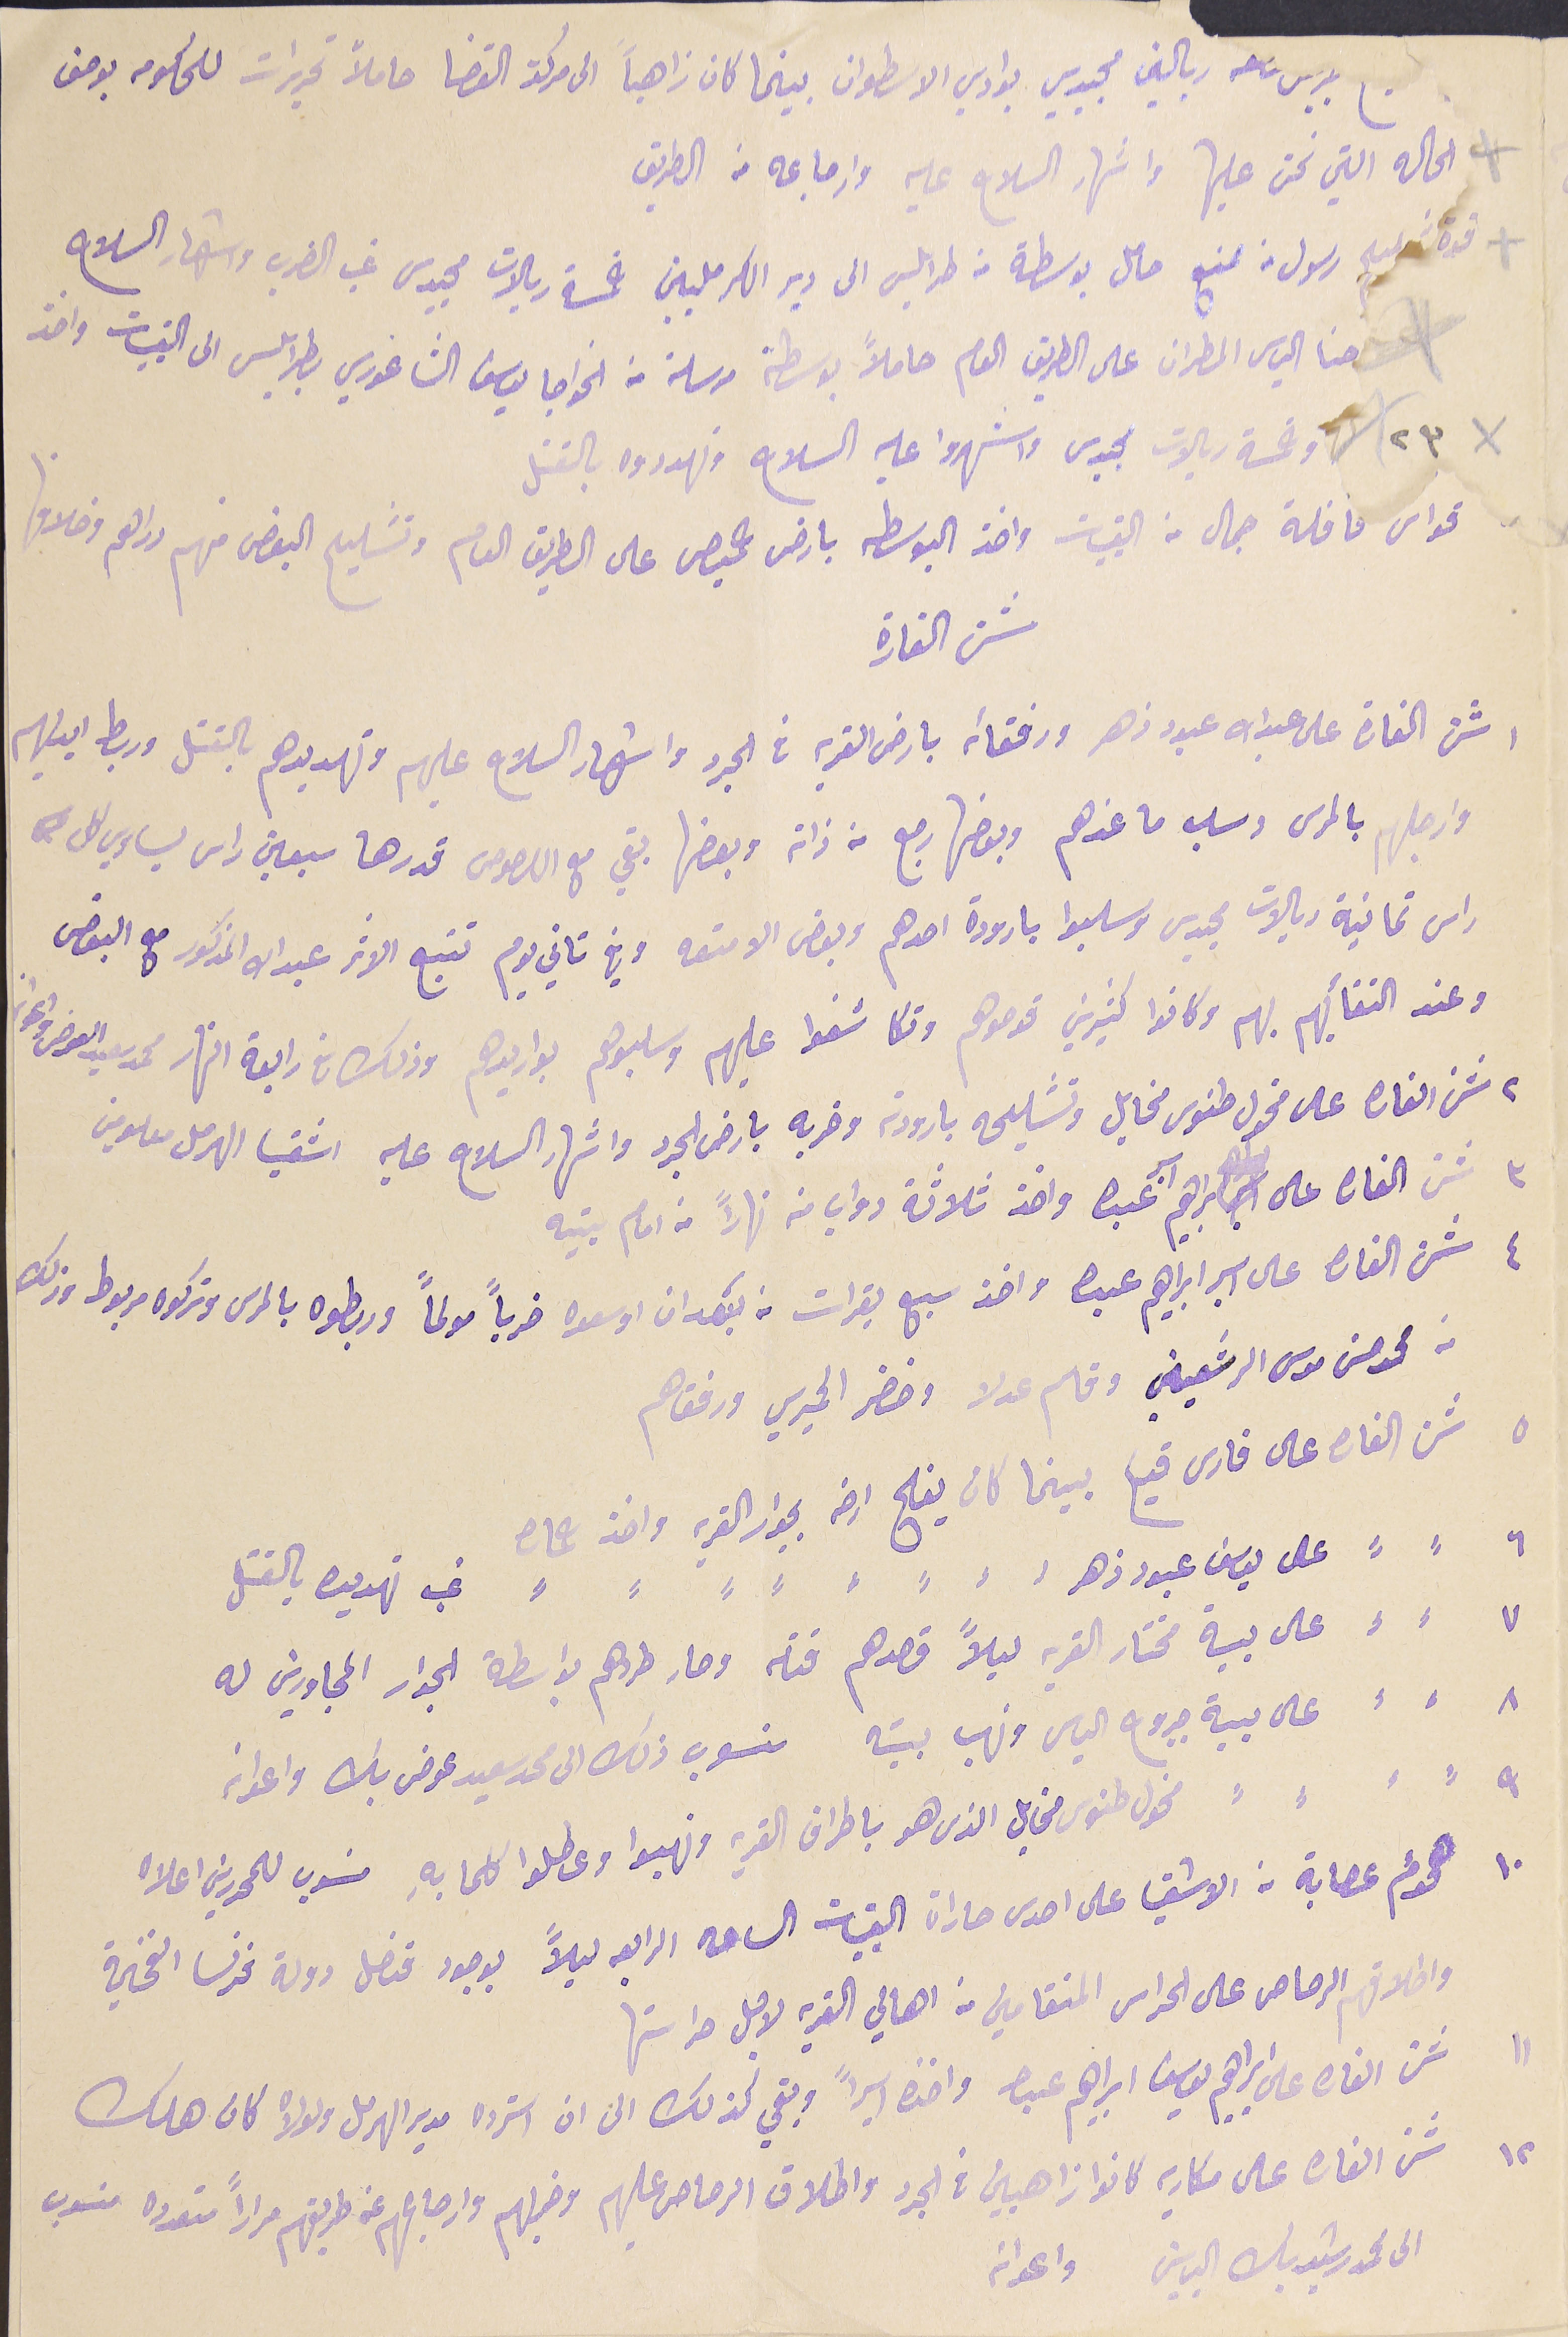
ربالين مجيدي بوادي الاسطوان بينما كان زاهباً الى مركز القضا حاملاً تحريرات للحكومه بوصف
 الحاله التي نحن عليها واشهار السلاح عليه وارجاعه من الطريق
قوة تشليح رسول من ممنع حامل بوسطة من طرابلس الى دير الكرمليين خمسة ريالات مجيدى غب الضرب واشهار السلاح
حنا الياس المطران على الطريق العام حاملاً بوسطة مرسلة من الخواجا يوسَف الشاغوري بطربلس الى القبيات واخذ
 ٢٣ وخمسة ريالات مجيدى واشهروا عليه السلاح وتهددوه بالقتل
 قواس قافلة جمال من القبيات واخذ البوسطه بارض حميص على الطريق العام وتشليح البعض منهم دراهم وخلافها
شن الغارة
شن الغارة على عبدالله عبود زهر ورفقائه بارض القرية في الجرد واشهار السلاح عليهم وتهديدهم بالقتل وربط ايديهم
وارجلهم بالمرس وسلب ما عندهم وبعضها رجع من ذاته وبعضها بقي مع اللصوص قدرها سبعين راس يساوي كل
راس ثمانية ريالات مجيدى وسلبوا بارودة احدهم وبعض الامتعه وفي ثاني يوم تتبع الاثر عبدالله المذكور مع البعض
وعند التقأيهم بهم  وكانوا كثيرين قوصوهم وتكاشفوا عليهم وسلبوهم بواريدهم وذلك فى رابعة النهار محمد سعيد العوض واعوانه
٢ شن الغارة على مخول طنوس مخايل وتشليحه بارودته وضربه بارض الجرد واشهار السلاح عليه اشقيا الهرمل معلومين
٣ شن الغاره على ابراهيم اسبر عبده واخذ ثلاثة دواب كمه نهاراً من امام بيته
٤ شن الغارة على اسبر ابراهيم عبده واخذ سبع بقرات منه بعد  ان اوسعوه ضرباً مولماً وربطوه بالمرس وتركوه مربوط وذلك
من محمد حسن موسى الرشعيني وقاسم عدلا وخضر الحميري ورفقاهم
٥ شن الغاره على فارس قديح بينما كان يفلح ارضه بجوار القرية واخذ حماره
٦ على يوسف عبود زهر غب تهديده بالقتل
٧  على بية مختار القرية ليلاً قصدهم قتله وصار طردهم بواسطة الجوار المجاورين له
٨ على بية جروج الياس ونهب بيته منسوب ذلك الى محمد سعيد عوض بك واعوانه
٩ مخول طنوس مخايل الترس هو باطراف القريه ونهبوا وعطلو كلما بهِ منسوب للمحررين اعلاه
١٠ هجوم عصابة من الاشقيا على احدى حاراة القبيات الساعه الرابعه ليلاً بوجود قنصل دولة فرنسا الفخيمة
واطلاقهم الرصاص على الحراس المنقامين من اهالي القرية لاجل حراستها
١١ شن الغارة على ابراهم يواسف ابراهيم عبدالله واخده اسيراً وبقي كذلك الى ان استرده مدير الهرمل ولولاه كان هلك
١٢ شن الغارة على مكاريه كانوا ذاهبين فى الجرد واطلاق الرصاص عليهم وضربهم وارجاعهم عن طريقهم مراراً متعدده منسوب
الى محمد رشيد بك الياسين واعواته